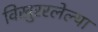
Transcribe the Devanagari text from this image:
विखुररलेल्या